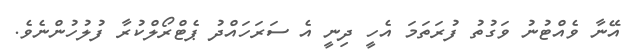
އޭނާ ވެއްޓުނު ވަގުތު ފުރަތަމަ އެހީ ދިނީ އެ ސަރަހައްދު ޕެޓްރޯލްކުރާ ފުލުހުންނެވެ.